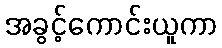
အခွင့်ကောင်းယူကာ